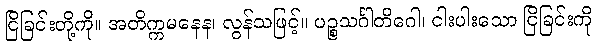
ငြိခြင်းတို့ကို။ အတိက္ကမနေန၊ လွန်သဖြင့်။ ပဉ္စသင်္ဂါတိဂေါ၊ ငါးပါးသော ငြိခြင်းကို